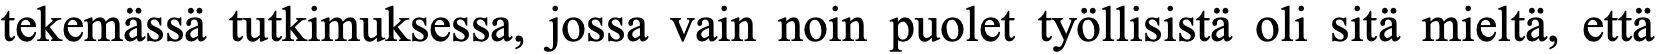
tekemässä tutkimuksessa, jossa vain noin puolet työllisistä oli sitä mieltä, että